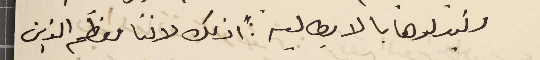
وتبدلوها بالايطاليه: "اذلك لاننا معظَم الذين